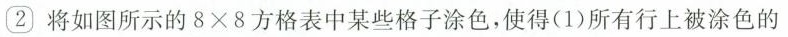
② 将如图所示的 8×8 方格表中某些格子涂色，使得(1)所有行上被涂色的